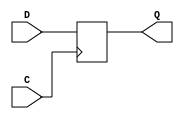
// $Header: /devl/xcs/repo/env/Databases/CAEInterfaces/xec_libs/data/unisims/FD_1.v,v 1.1 2005/05/10 01:20:03 wloo Exp $

/*

FUNCTION	: D-FLIP-FLOP

*/

`celldefine
`timescale  100 ps / 10 ps

module FD_1 (Q, C, D);

    parameter INIT = 1'b0;

    output Q;
    reg    Q;

    input  C, D;

	always @(negedge C)
	        Q <= D;

endmodule